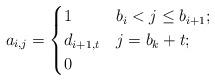
LaTeX: \begin{align*}a_{i,j}=\begin{cases} 1 & b_i < j \leq b_{i+1};\\ d_{i+1,t} & j = b_k + t;\\ 0 & \end{cases}\end{align*}